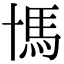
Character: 𩡪